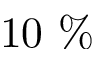
1 0 ~ \%